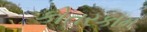
કોતરકામ